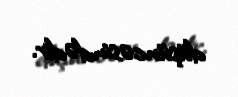
düşüncəsindədir.